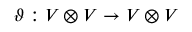
\vartheta : V \otimes V \to V \otimes V